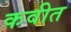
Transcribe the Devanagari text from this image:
कवीत